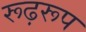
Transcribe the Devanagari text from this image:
रूढ़रूप